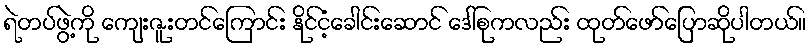
ရဲတပ်ဖွဲ့ကို ကျေးဇူးတင်ကြောင်း နိုင်ငံ့ခေါင်းဆောင် ဒေါ်စုကလည်း ထုတ်ဖော်ပြောဆိုပါတယ်။